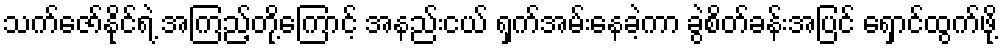
သက်ဇော်နိုင်ရဲ့ အကြည့်တို့ကြောင့် အနည်းငယ် ရှက်အမ်းနေခဲ့ကာ ခွဲစိတ်ခန်းအပြင် ရှောင်ထွက်ဖို့